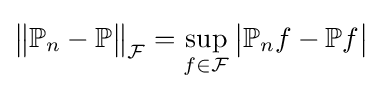
{\bigl \|}\mathbb {P} _{n}-\mathbb {P} {\bigr \|}_{\mathcal {F}}=\sup _{f\in {\mathcal {F}}}{\bigl |}\mathbb {P} _{n}f-\mathbb {P} f{\bigr |}